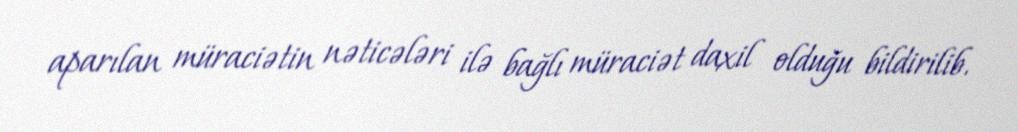
aparılan müraciətin nəticələri ilə bağlı müraciət daxil olduğu bildirilib.